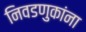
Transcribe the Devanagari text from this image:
निवडणुकांना